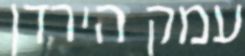
עמק הירדן